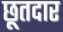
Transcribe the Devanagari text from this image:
छूतदार